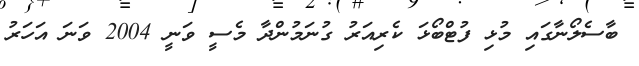
ބާސެލޯނާގައި މުޅި ފުޓްބޯޅަ ކެރިއަރު ގުނަމުންދާ މެސީ ވަނީ 2004 ވަނަ އަހަރު